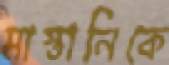
মাস্তানিকে